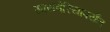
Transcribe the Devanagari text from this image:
सायबेरियापर्यंत